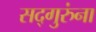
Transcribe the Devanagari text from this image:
सद्गुरुंना